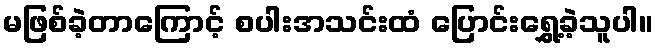
မဖြစ်ခဲ့တာကြောင့် စပါးအသင်းထံ ပြောင်းရွှေ့ခဲ့သူပါ။